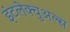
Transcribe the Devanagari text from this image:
इंटलेक्चुअल्स